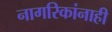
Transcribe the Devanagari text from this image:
नागरिकांनाही